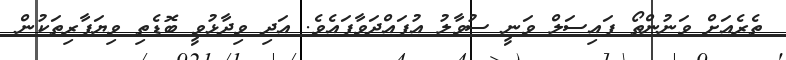
ތެރެއަށް ވަނުންތޯ ފައިސަލް ވަނީ ސުވާލު އުފައްދަވާފައެވެ. އަދި ވިދާޅުވީ ބޮޑެތި ވިޔަފާރިތަކުން